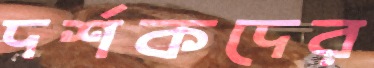
দর্শকদের